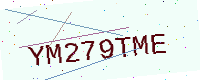
Text: YM279TME